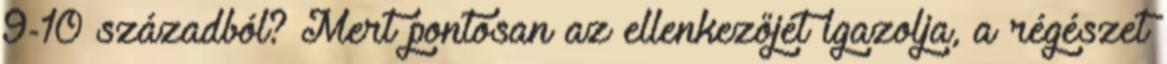
9-10 századból? Mert pontosan az ellenkezőjét igazolja, a régészet